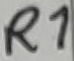
Text: R1